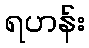
ရဟန်း